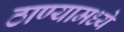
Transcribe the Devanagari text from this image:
ठाण्यामध्ये